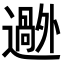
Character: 𬩟